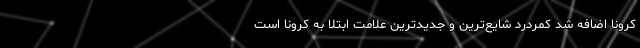
کرونا اضافه شد کمردرد شایع‌ترین و جدیدترین علامت ابتلا به کرونا است